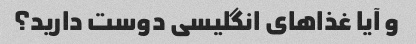
و آیا غذاهای انگلیسی دوست دارید؟